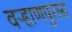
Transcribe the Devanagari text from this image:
वऱ्हाणपुरास